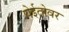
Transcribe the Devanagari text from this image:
येईतोवर